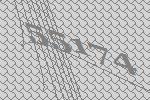
55174